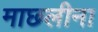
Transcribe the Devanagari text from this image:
माछलीना